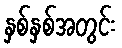
နှစ်နှစ်အတွင်း